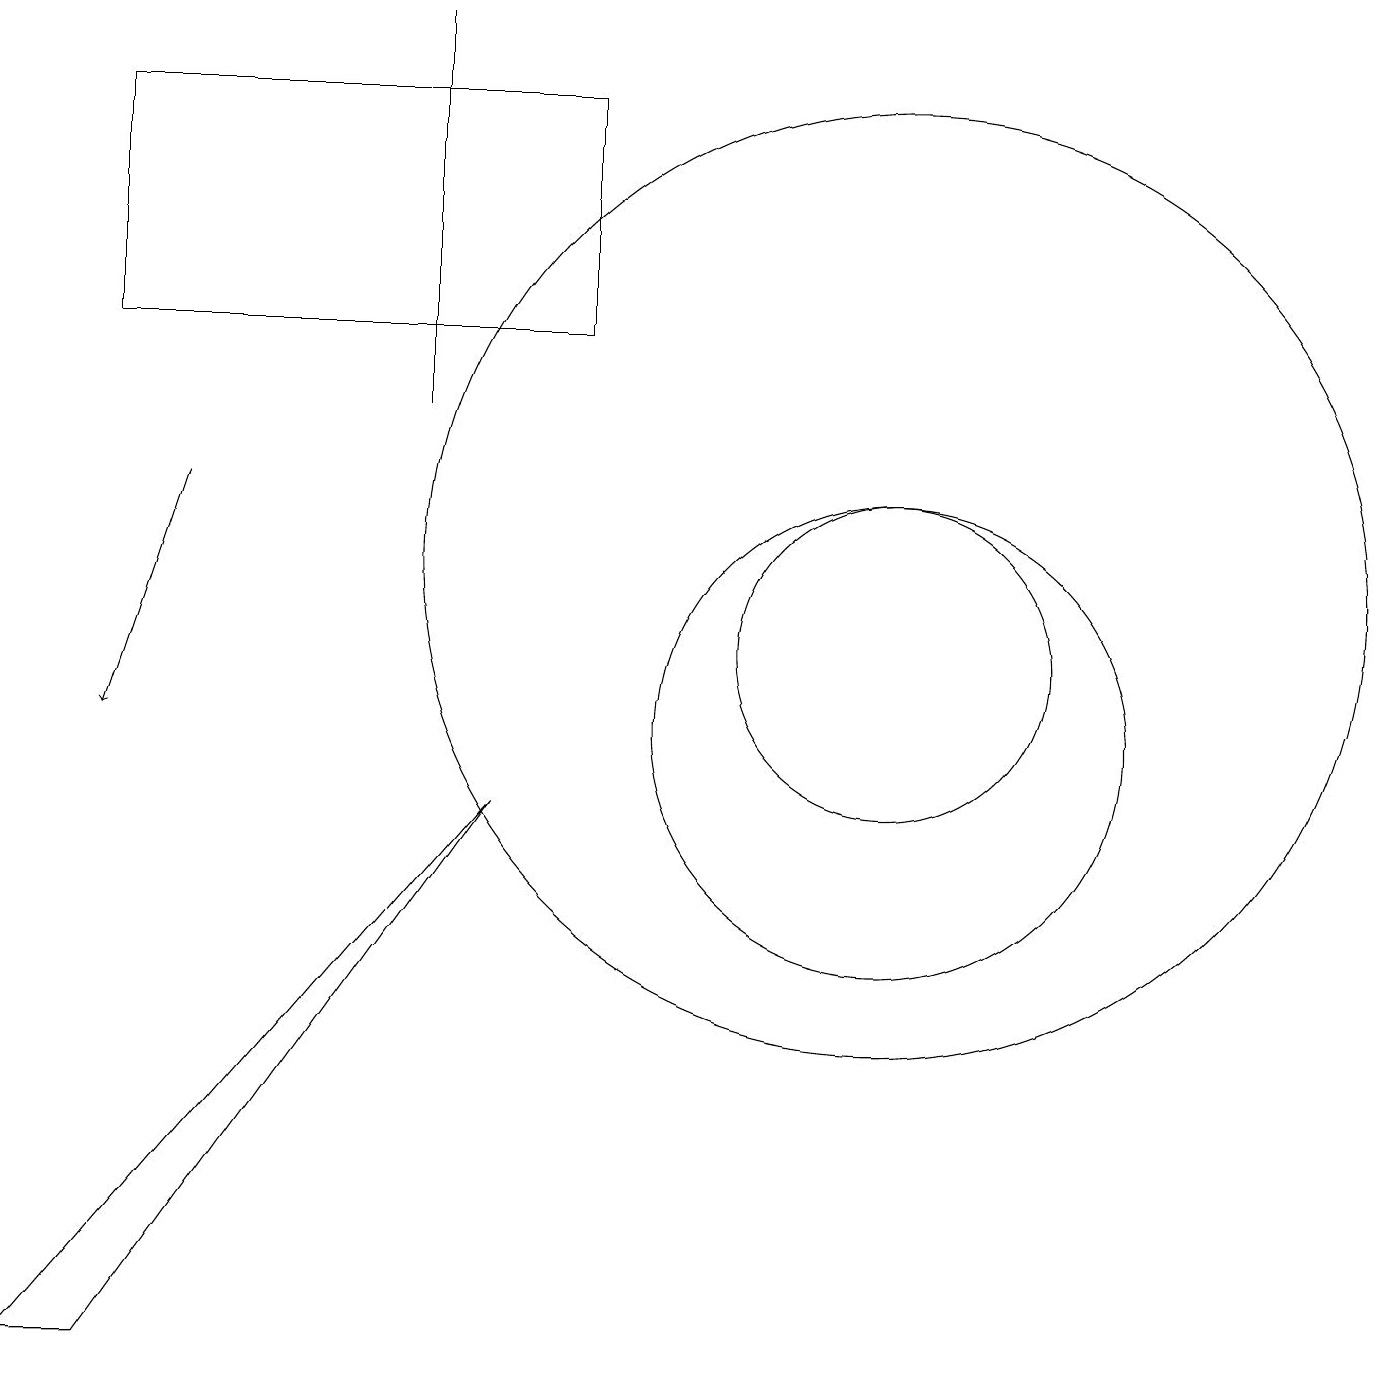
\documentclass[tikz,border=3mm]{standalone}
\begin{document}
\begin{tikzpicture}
\draw (11,10) circle (3);
\draw (1,2) -- (0,2) -- (6,9) -- cycle;
\draw (11,12) circle (6);
\draw[->] (2,13) -- (1,10);
\draw (5,14) rectangle (5,19);
\draw (11,11) circle (2);
\draw (7,15) rectangle (1,18);
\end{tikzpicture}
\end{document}